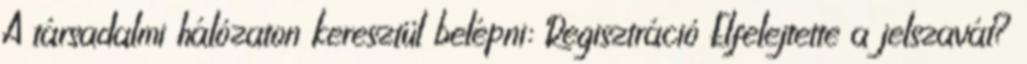
A társadalmi hálózaton keresztül belépni: Regisztráció Elfelejtette a jelszavát?